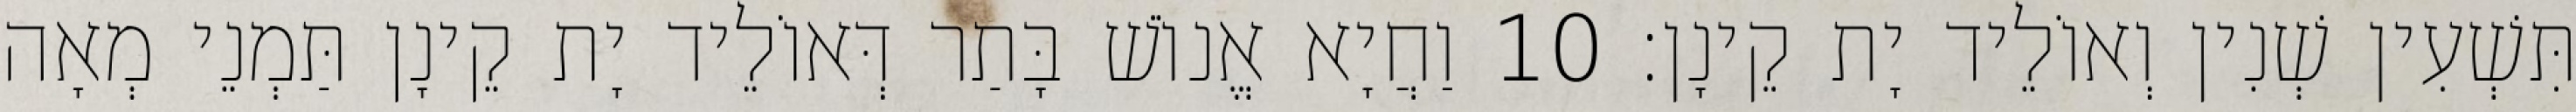
תִּשְׁעִין שְׁנִין וְאוֹלֵיד יָת קֵינָן׃ 10 וַחֲיָא אֱנוֹשׁ בָּתַר דְּאוֹלֵיד יָת קֵינָן תַּמְנֵי מְאָה